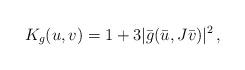
LaTeX: \begin{align*}K_g(u,v)=1+3|\bar{g}(\bar{u},J\bar{v})|^2\, , \end{align*}